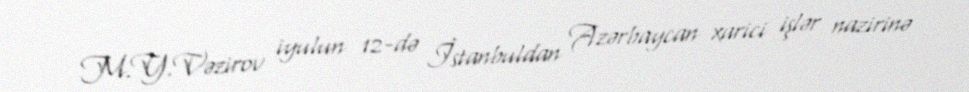
M.Y.Vəzirov iyulun 12-də İstanbuldan Azərbaycan xarici işlər nazirinə